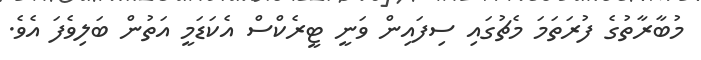
މުބާރާތުގެ ފުރަތަމަ މެޗުގައި ސިފައިން ވަނީ ޓީރެކްސް އެކަޑަމީ އަތުން ބަލިވެފަ އެވެ.